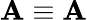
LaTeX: \mathbf{A}\equiv\mathbf{A}